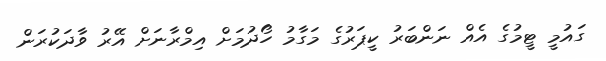
ގައުމީ ޓީމުގެ އެއް ނަންބަރު ކީޕަރުގެ މަގާމު ހޯދުމަށް އިމްރާނަށް އޭރު ވާދަކުރަން